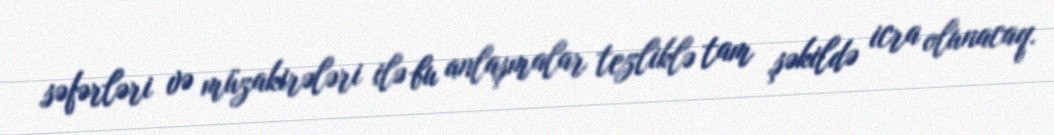
səfərləri və müzakirələri ilə bu anlaşmalar tezliklə tam şəkildə icra olunacaq.